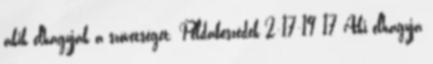
akik elhagyják a szövetséget. Példabeszédek 2:17-19 17 Aki elhagyja